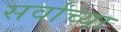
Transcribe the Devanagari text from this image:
सर्वांच्‍या